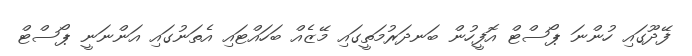
ފޭދޫގައި ހުންނަ ޕޯސްޓް އޮފީހުން ބަނދަރުމަތީގައި މޭޒެއް ބަހައްޓައި އެތަނުގައި އަންނަނީ ޕޯސްޓް